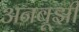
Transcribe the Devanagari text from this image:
अनबूझी